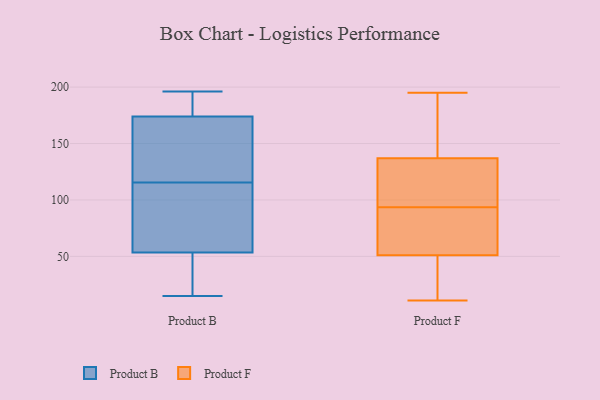
{"axis": {"x": "Satisfaction Score", "y": "Value"}, "legend": ["Product B", "Product F"], "data": [{"x": "", "y": 122, "type": "Product B"}, {"x": "", "y": 63, "type": "Product B"}, {"x": "", "y": 128, "type": "Product B"}, {"x": "", "y": 179, "type": "Product B"}, {"x": "", "y": 97, "type": "Product B"}, {"x": "", "y": 103, "type": "Product B"}, {"x": "", "y": 169, "type": "Product B"}, {"x": "", "y": 109, "type": "Product B"}, {"x": "", "y": 40, "type": "Product B"}, {"x": "", "y": 191, "type": "Product B"}, {"x": "", "y": 44, "type": "Product B"}, {"x": "", "y": 43, "type": "Product B"}, {"x": "", "y": 196, "type": "Product B"}, {"x": "", "y": 160, "type": "Product B"}, {"x": "", "y": 185, "type": "Product B"}, {"x": "", "y": 29, "type": "Product B"}, {"x": "", "y": 148, "type": "Product B"}, {"x": "", "y": 192, "type": "Product B"}, {"x": "", "y": 73, "type": "Product B"}, {"x": "", "y": 15, "type": "Product B"}, {"x": "", "y": 105, "type": "Product F"}, {"x": "", "y": 42, "type": "Product F"}, {"x": "", "y": 179, "type": "Product F"}, {"x": "", "y": 11, "type": "Product F"}, {"x": "", "y": 31, "type": "Product F"}, {"x": "", "y": 61, "type": "Product F"}, {"x": "", "y": 103, "type": "Product F"}, {"x": "", "y": 105, "type": "Product F"}, {"x": "", "y": 60, "type": "Product F"}, {"x": "", "y": 84, "type": "Product F"}, {"x": "", "y": 145, "type": "Product F"}, {"x": "", "y": 129, "type": "Product F"}, {"x": "", "y": 15, "type": "Product F"}, {"x": "", "y": 149, "type": "Product F"}, {"x": "", "y": 195, "type": "Product F"}, {"x": "", "y": 77, "type": "Product F"}]}